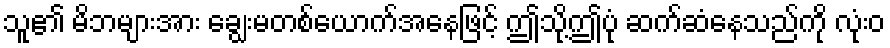
သူ၏ မိဘများအား ချွေးမတစ်ယောက်အနေဖြင့် ဤသို့ဤပုံ ဆက်ဆံနေသည်ကို လုံးဝ